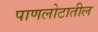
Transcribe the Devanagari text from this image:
पाणलोटातील